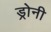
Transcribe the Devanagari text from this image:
ड्रोनी